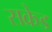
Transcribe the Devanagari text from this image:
सक्रेड